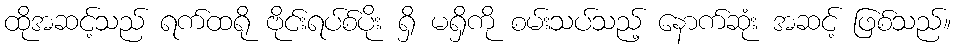
ထိုအဆင့်သည် ရက်ထရို ဗိုင်းရပ်စ်ပိုး ရှိ မရှိကို စမ်းသပ်သည့် နောက်ဆုံး အဆင့် ဖြစ်သည်။